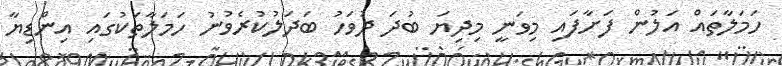
ހަމަލާތައް އަލުން ފަށާފައި މިވަނީ މިދިޔަ ބުދަ ދުވަހު ބަދަލުކުރެވުނު ހަމަލާތަކުގައި އިންޑިޔާ